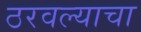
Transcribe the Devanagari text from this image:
ठरवल्याचा